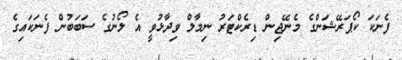
ފެނަކަ ކޯޕަރޭޝަންގެ މެނޭޖިން ޑިރެކްޓަރު ނިމާލް ވިދާޅުވީ އެ ލޯނުގެ ސަބަބުން ފެނަކައިގެ